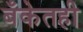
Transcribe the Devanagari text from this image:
बँकेतही